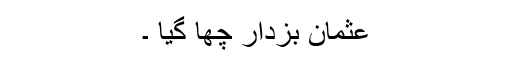
عثمان بزدار چھا گیا ۔